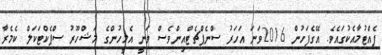
ފެއްޓުމާއެކުގައެވެ. އޭގެފަހުން 2016ވަނަ އަހަރު ސްނެޕްޗެޓްއިންވެސް ވަނީ އެމީހުންގެ މަޝްހޫރު ސްޕެކްޓަކަލް ކެމެރާ